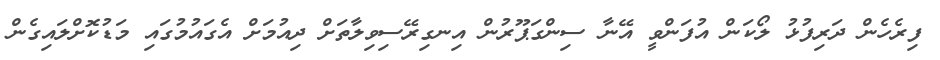
ފިރެހެން ދަރިފުޅު ލޯކަން އުފަންވީ އޭނާ ސިންގަޕޫރުން އިނގިރޭސިވިލާތަށް ދިއުމަށް އެގައުމުގައި މަޑުކޮށްލައިގެން